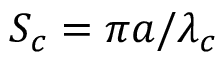
S _ { c } = \pi a / \lambda _ { c }